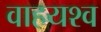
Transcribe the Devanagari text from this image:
वाहयश्व